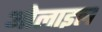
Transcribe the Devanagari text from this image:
ओलाइल